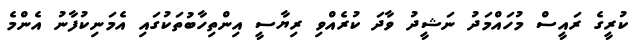
ކުރީގެ ރައީސް މުހައްމަދު ނަޝީދު ވާދަ ކުރެއްވި ރިޔާސީ އިންތިހާބުތަކުގައި އެމަނިކުފާނު އެންމެ